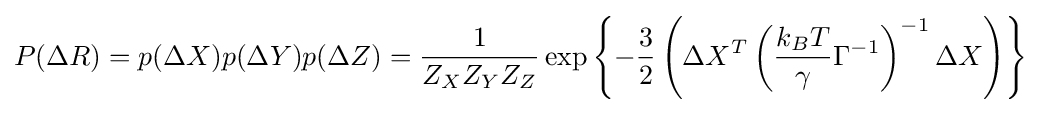
P(\Delta R)=p(\Delta X)p(\Delta Y)p(\Delta Z)={\frac {1}{{Z_{X}}{Z_{Y}}{Z_{Z}}}}\exp \left\{-{\frac {3}{2}}\left(\Delta X^{T}\left({\frac {k_{B}T}{\gamma }}\Gamma ^{-1}\right)^{-1}\Delta X\right)\right\}